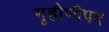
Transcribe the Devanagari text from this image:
गृहीणीपद